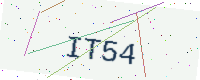
Text: IT54